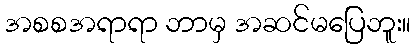
အစစအရာရာ ဘာမှ အဆင်မပြေဘူး။